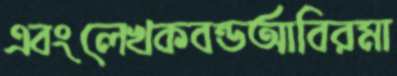
এবংলেখকবন্ডআবিরমা